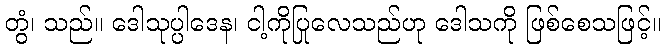
တွံ၊ သည်။ ဒေါသုပ္ပါဒေန၊ ငါ့ကိုပြုလေသည်ဟု ဒေါသကို ဖြစ်စေသဖြင့်။